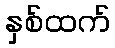
နှစ်ထက်